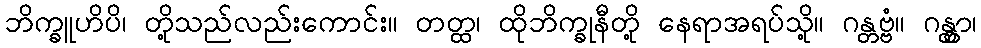
ဘိက္ခူဟိပိ၊ တို့သည်လည်းကောင်း။ တတ္ထ၊ ထိုဘိက္ခုနီတို့ နေရာအရပ်သို့။ ဂန္တဗ္ဗံ။ ဂန္တွာ၊